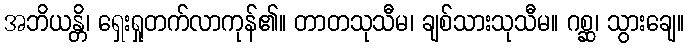
အဘိယန္တိ၊ ရှေးရှုတက်လာကုန်၏။ တာတသုသီမ၊ ချစ်သားသုသီမ။ ဂစ္ဆ၊ သွားချေ။